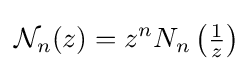
{\mathcal {N}}_{n}(z)=z^{n}N_{n}\left({\tfrac {1}{z}}\right)